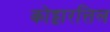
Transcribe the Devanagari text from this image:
कोट्टारत्तिल